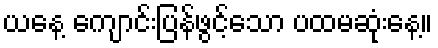
ယနေ့ ကျောင်းပြန်ဖွင့်သော ပထမဆုံးနေ့။